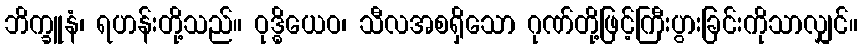
ဘိက္ခူနံ၊ ရဟန်းတို့သည်။ ဝုဒ္ဓိယေဝ၊ သီလအစရှိသော ဂုဏ်တို့ဖြင့်ကြီးပွားခြင်းကိုသာလျှင်။